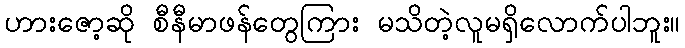
ဟားဇော့ဆို စီနီမာဖန်တွေကြား မသိတဲ့လူမရှိလောက်ပါဘူး။